Vaccination Hyderabad 1890-1903 - 1890-1903
Year: 1890
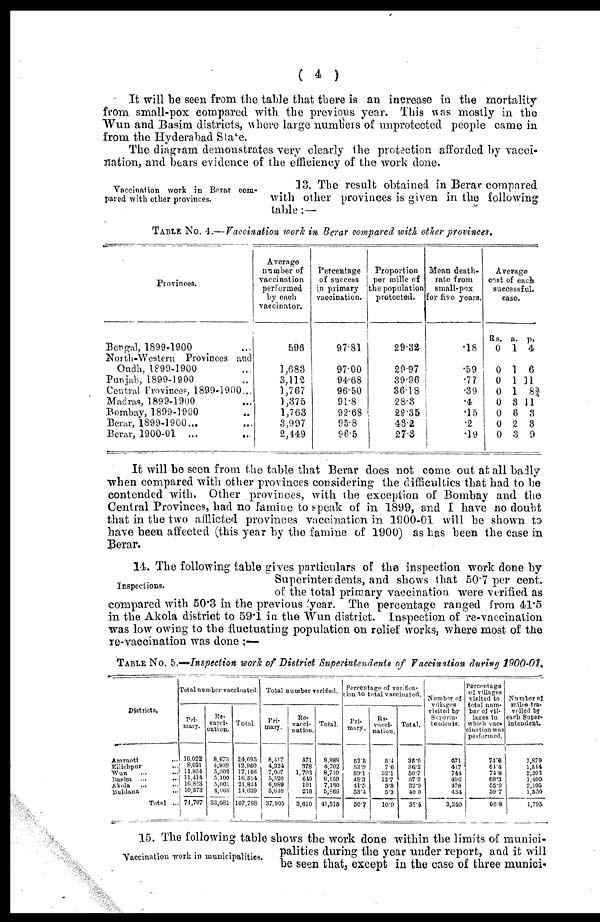
( 4 )
It will be seen from the table that there is an increase in the mortality
from small-pox compared with the previous year. This was mostly in the
Wun and Basim districts, where large numbers of unprotected people came in
from the Hyderabad State.
The diagram demonstrates very clearly the protection afforded by vacci-
nation, and bears evidence of the efficiency of the work done.
Vaccination work in Berar com-
pared with other provinces.
13. The result obtained in Berar compared
with other provinces is given in the following
table :—
TABLE No. 4.— Vaccination work in Berar compared with other provinces.
Provinces.
Bengal, 1899-1900 ...
North-Western Provinces and
Oudh, 1899-1900 ...
Punjab, 1899-1900 ...
Central Provinces, 1899-1900...
Madras, 1899-1900 ...
Bombay, 1899-1900 ...
Berar, 1899-1900...
Berar, 1900-01 ...
Average
number of
vaccination
performed
by each
vaccinator.
598
1,683
3,112
1,767
1,375
1,763
3,997
2,449
Percentage
of success
in primary
vaccination.
9781
97.00
94.68
96.50
91.8
92.68
95.8
96.5
Proportion
per mille of
the population
protected.
29.32
29.97
39.96
36.18
28.3
29.35
43.2
27.3
Mean death¬
rate from
small-pox
for five years.
.18
.59
.77
.39
.4
.15
02
.19
Average
cost of each
successful.
case.
Rs.
0
0
0
0
0
0
0
0
a.
1
1
1
1
3
6
2
3
p.
4
6
11
8¾
11
3
3
9
It will be seen from the table that Berar does not come out at all badly
when compared with other provinces considering the difficulties that had to be
contended with. Other provinces, with the exception of Bombay and the
Central Provinces, had no famine to speak of in 1899, and I have no doubt
that in the two afflicted provinces vaccination in 1900-01 will be shown to
have been affected (this year by the famine of 1900) as has been the case in
Berar.
Inspections.
14. The following table gives particulars of the inspection work done by
Superintendents, and shows that 50.7 per cent.
of the total primary vaccination were verified as
compared with 50.3 in the previous year. The percentage ranged from 41.5
in the Akola district to 59.1 in the Wun district. Inspection of re-vaccination
was low owing to the fluctuating population on relief works, where most of the
re-vaccination was done ;—
TABLE No. 5.—Inspection work of District Superintendents of Vaccination during 1900-01.
Districts.
Amraoti ...
Ellichpur ...
Wun ... ...
Basim
...
...
Akola
...
...
Buldana ...
Total ...
Total number vaccinated.
Pri-
mary.
16,022
8,021
11,834
11,414
16,823
10,573
74,707
Re-.
vacci-
nation.
8,673
4,930
5,302
5,100
5,001
4,066
33,081
Total.
24,695
12,960
17,156
16,514
21,824
14,639
107,788
Total number verified.
Pri-
mary.
8,417
4,324
7,007
5,520
6,989
5,648
37,905
Re-
vacci-
nation.
471
378
1,703
649
191
218
3,610
Total
8,888
4,702
8,710
6.169
7,130
5,866
41,515
Percentage of verifica-
tion to total vaccinated.
Pri-
mary.
52.5
53.9
59.1
48.3
41.5
53.4
50.7
Re-
vacci-
nation.
5.4
7.6
32.1
12.7
9.8
5.3
10.9
Total.
35.9
36.2
50.7
37. 3
32.9
40.0
38.5
Number of
villages
visited by
Superin¬
tendents.
671
417
741
496
478
434
3,240
Percentage
of villages
visited to
total num-
ber of vil-
lages in
which vac-
cination was
porformed.
74.6
61.4
748
68.3
55.9
59.7
66.8
Number of
miles tra-
velled by
each Super¬
intendent.
1,879
1,544
2,293
1,400
2,105
1,550
1,795
Vaccination work in municipalities.
15. The following table shows the work done within the limits of munici-
palities during the year under report, and it will
be seen that, except in the case of three munici¬